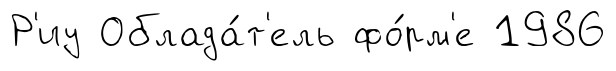
Р'иу Облада́т'ель фо́рм'е 1986